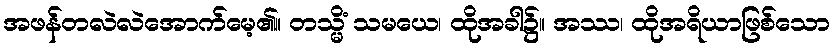
အဖန်တလဲလဲအောက်မေ့၏။ တသ္မိံ သမယေ၊ ထိုအခါ၌။ အဿ၊ ထိုအရိယာဖြစ်သော